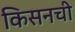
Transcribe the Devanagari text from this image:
किसनची